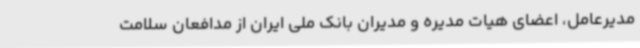
مدیرعامل، اعضای هیات مدیره و مدیران بانک ملی ایران از مدافعان سلامت